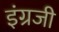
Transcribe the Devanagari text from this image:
इंंग्रजी